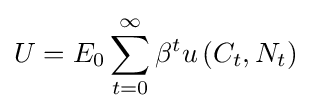
U=E_{0}\sum _{t=0}^{\infty }\beta ^{t}u\left({C_{t},N_{t}}\right)